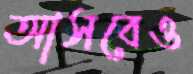
আসবেও